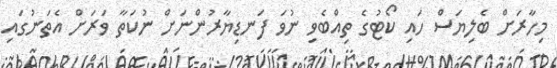
މިހާރަށް ބެލިޔަސް ހައި ކޯޓުގެ ތިއްބެވި ނުވަ ފަނޑިޔާރުންނަށް ނުކަތާ ވަރަށް އެތަނުގައި